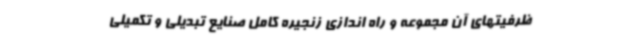
ظرفیتهای آن مجموعه و راه اندازی زنجیره کامل صنایع تبدیلی و تکمیلی